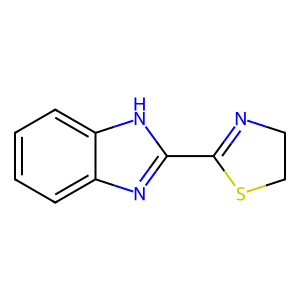
SMILES: c1ccc2[nH]c(C3=NCCS3)nc2c1
Inhibits HIV replication: No